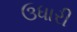
ઉધારી